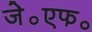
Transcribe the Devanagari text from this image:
जे॰एफ॰